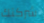
شركتك